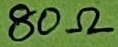
Text: 80Ω